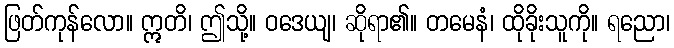
ဖြတ်ကုန်လော။ ဣတိ၊ ဤသို့။ ဝဒေယျ၊ ဆိုရာ၏။ တမေနံ၊ ထိုခိုးသူကို။ ရညော၊